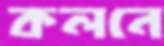
কলনে